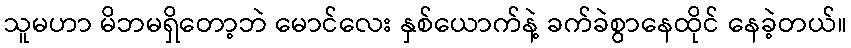
သူမဟာ မိဘမရှိတော့ဘဲ မောင်လေး နှစ်ယောက်နဲ့ ခက်ခဲစွာနေထိုင် နေခဲ့တယ်။